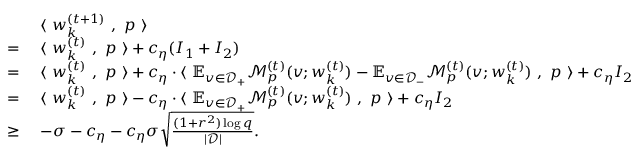
\begin{array} { r l } & { ~ \langle ~ { \boldsymbol w } _ { k } ^ { ( t + 1 ) } ~ , ~ { \boldsymbol p } ~ \rangle } \\ { = } & { ~ \langle ~ { \boldsymbol w } _ { k } ^ { ( t ) } ~ , ~ { \boldsymbol p } ~ \rangle + c _ { \eta } ( I _ { 1 } + I _ { 2 } ) } \\ { = } & { ~ \langle ~ { \boldsymbol w } _ { k } ^ { ( t ) } ~ , ~ { \boldsymbol p } ~ \rangle + c _ { \eta } \cdot \langle ~ \mathbb { E } _ { v \in \mathcal { D } _ { + } } \mathcal { M } _ { p } ^ { ( t ) } ( v ; { \boldsymbol w } _ { k } ^ { ( t ) } ) - \mathbb { E } _ { v \in \mathcal { D } _ { - } } \mathcal { M } _ { p } ^ { ( t ) } ( v ; { \boldsymbol w } _ { k } ^ { ( t ) } ) ~ , ~ { \boldsymbol p } ~ \rangle + c _ { \eta } I _ { 2 } } \\ { = } & { ~ \langle ~ { \boldsymbol w } _ { k } ^ { ( t ) } ~ , ~ { \boldsymbol p } ~ \rangle - c _ { \eta } \cdot \langle ~ \mathbb { E } _ { v \in \mathcal { D } _ { + } } \mathcal { M } _ { p } ^ { ( t ) } ( v ; { \boldsymbol w } _ { k } ^ { ( t ) } ) ~ , ~ { \boldsymbol p } ~ \rangle + c _ { \eta } I _ { 2 } } \\ { \ge } & { ~ - \sigma - c _ { \eta } - c _ { \eta } \sigma \sqrt { \frac { ( 1 + r ^ { 2 } ) \log q } { | \mathcal { D } | } } . } \end{array}